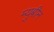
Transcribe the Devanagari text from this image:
म्युबीन